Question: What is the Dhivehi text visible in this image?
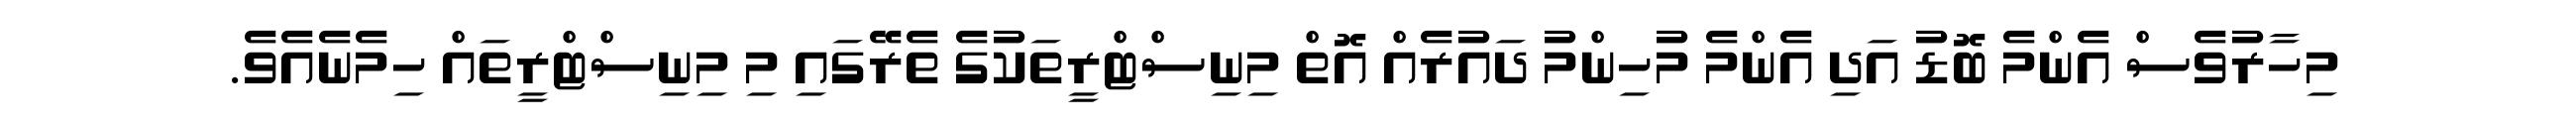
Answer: މިހާރުވެސް އެންމެ ބޮޑު އަދި އެންމެ މުހިންމު ދައުރެއް އޮތް މިނިސްޓްރީތަކުގެ ތެރޭގައި މި މިނިސްޓްރީތައް ހިމެނެއެވެ.